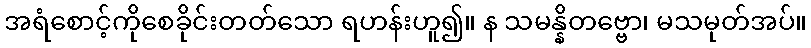
အရံစောင့်ကိုစေခိုင်းတတ်သော ရဟန်းဟူ၍။ န သမန္နိတဗ္ဗော၊ မသမုတ်အပ်။